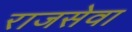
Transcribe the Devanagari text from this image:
राजसेवा